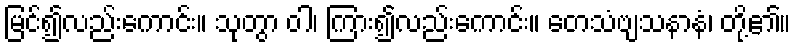
မြင်၍လည်းကောင်း။ သုတွာ ဝါ၊ ကြား၍လည်းကောင်း။ တေသံဗျသနာနံ၊ တို့၏။